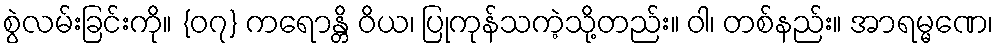
စွဲလမ်းခြင်းကို။ {၀၇} ကရောန္တိ ဝိယ၊ ပြုကုန်သကဲ့သို့တည်း။ ဝါ၊ တစ်နည်း။ အာရမ္မဏေ၊